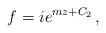
LaTeX: \begin{align*}f = i e^{m z+C_2} \,, \qquad\end{align*}